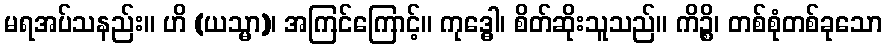
မရအပ်သနည်း။ ဟိ (ယသ္မာ)၊ အကြင်ကြောင့်။ ကုဒ္ဓေါ၊ စိတ်ဆိုးသူသည်။ ကိဉ္စိ၊ တစ်စုံတစ်ခုသော